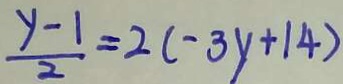
\frac { y - 1 } { 2 } = 2 ( - 3 y + 1 4 )